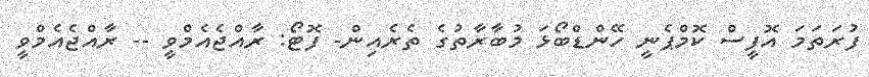
ފުރަތަމަ އޮފީސް ކޮމްޕެނީ ހޭންޑްބޯޅަ މުބާރާތުގެ ތެރެއިން- ފޮޓޯ: ރާއްޖެއެމްވީ -- ރާއްޖެއެމްވީ